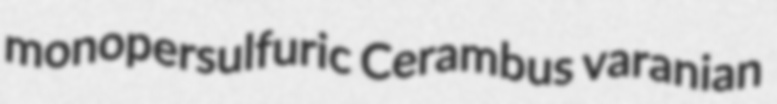
monopersulfuric Cerambus varanian